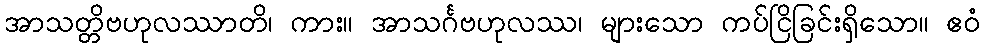
အာသတ္တိဗဟုလဿာတိ၊ ကား။ အာသင်္ဂဗဟုလဿ၊ များသော ကပ်ငြိခြင်းရှိသော။ ဧဝံ